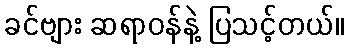
ခင်ဗျား ဆရာဝန်နဲ့ ပြသင့်တယ်။